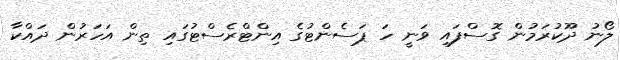
ލޯނު ދޫކުރަމުން ގޮސްފައި ވަނީ ހަ ޕަސެންޓުގެ އިންޓްރެސްޓުގައި ތިން އަހަރުން ދައްކާ